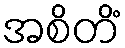
အစိတိံ